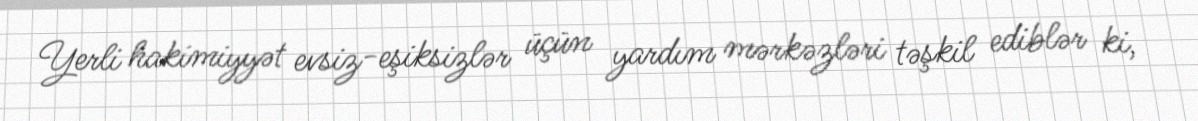
Yerli hakimiyyət evsiz-eşiksizlər üçün yardım mərkəzləri təşkil ediblər ki,